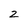
Character: 2